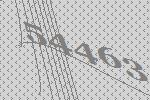
54463